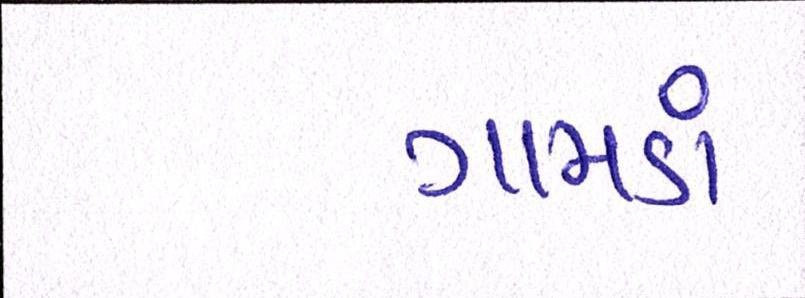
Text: ગામડાં